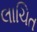
લાચિત